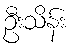
ဦးသိန်း